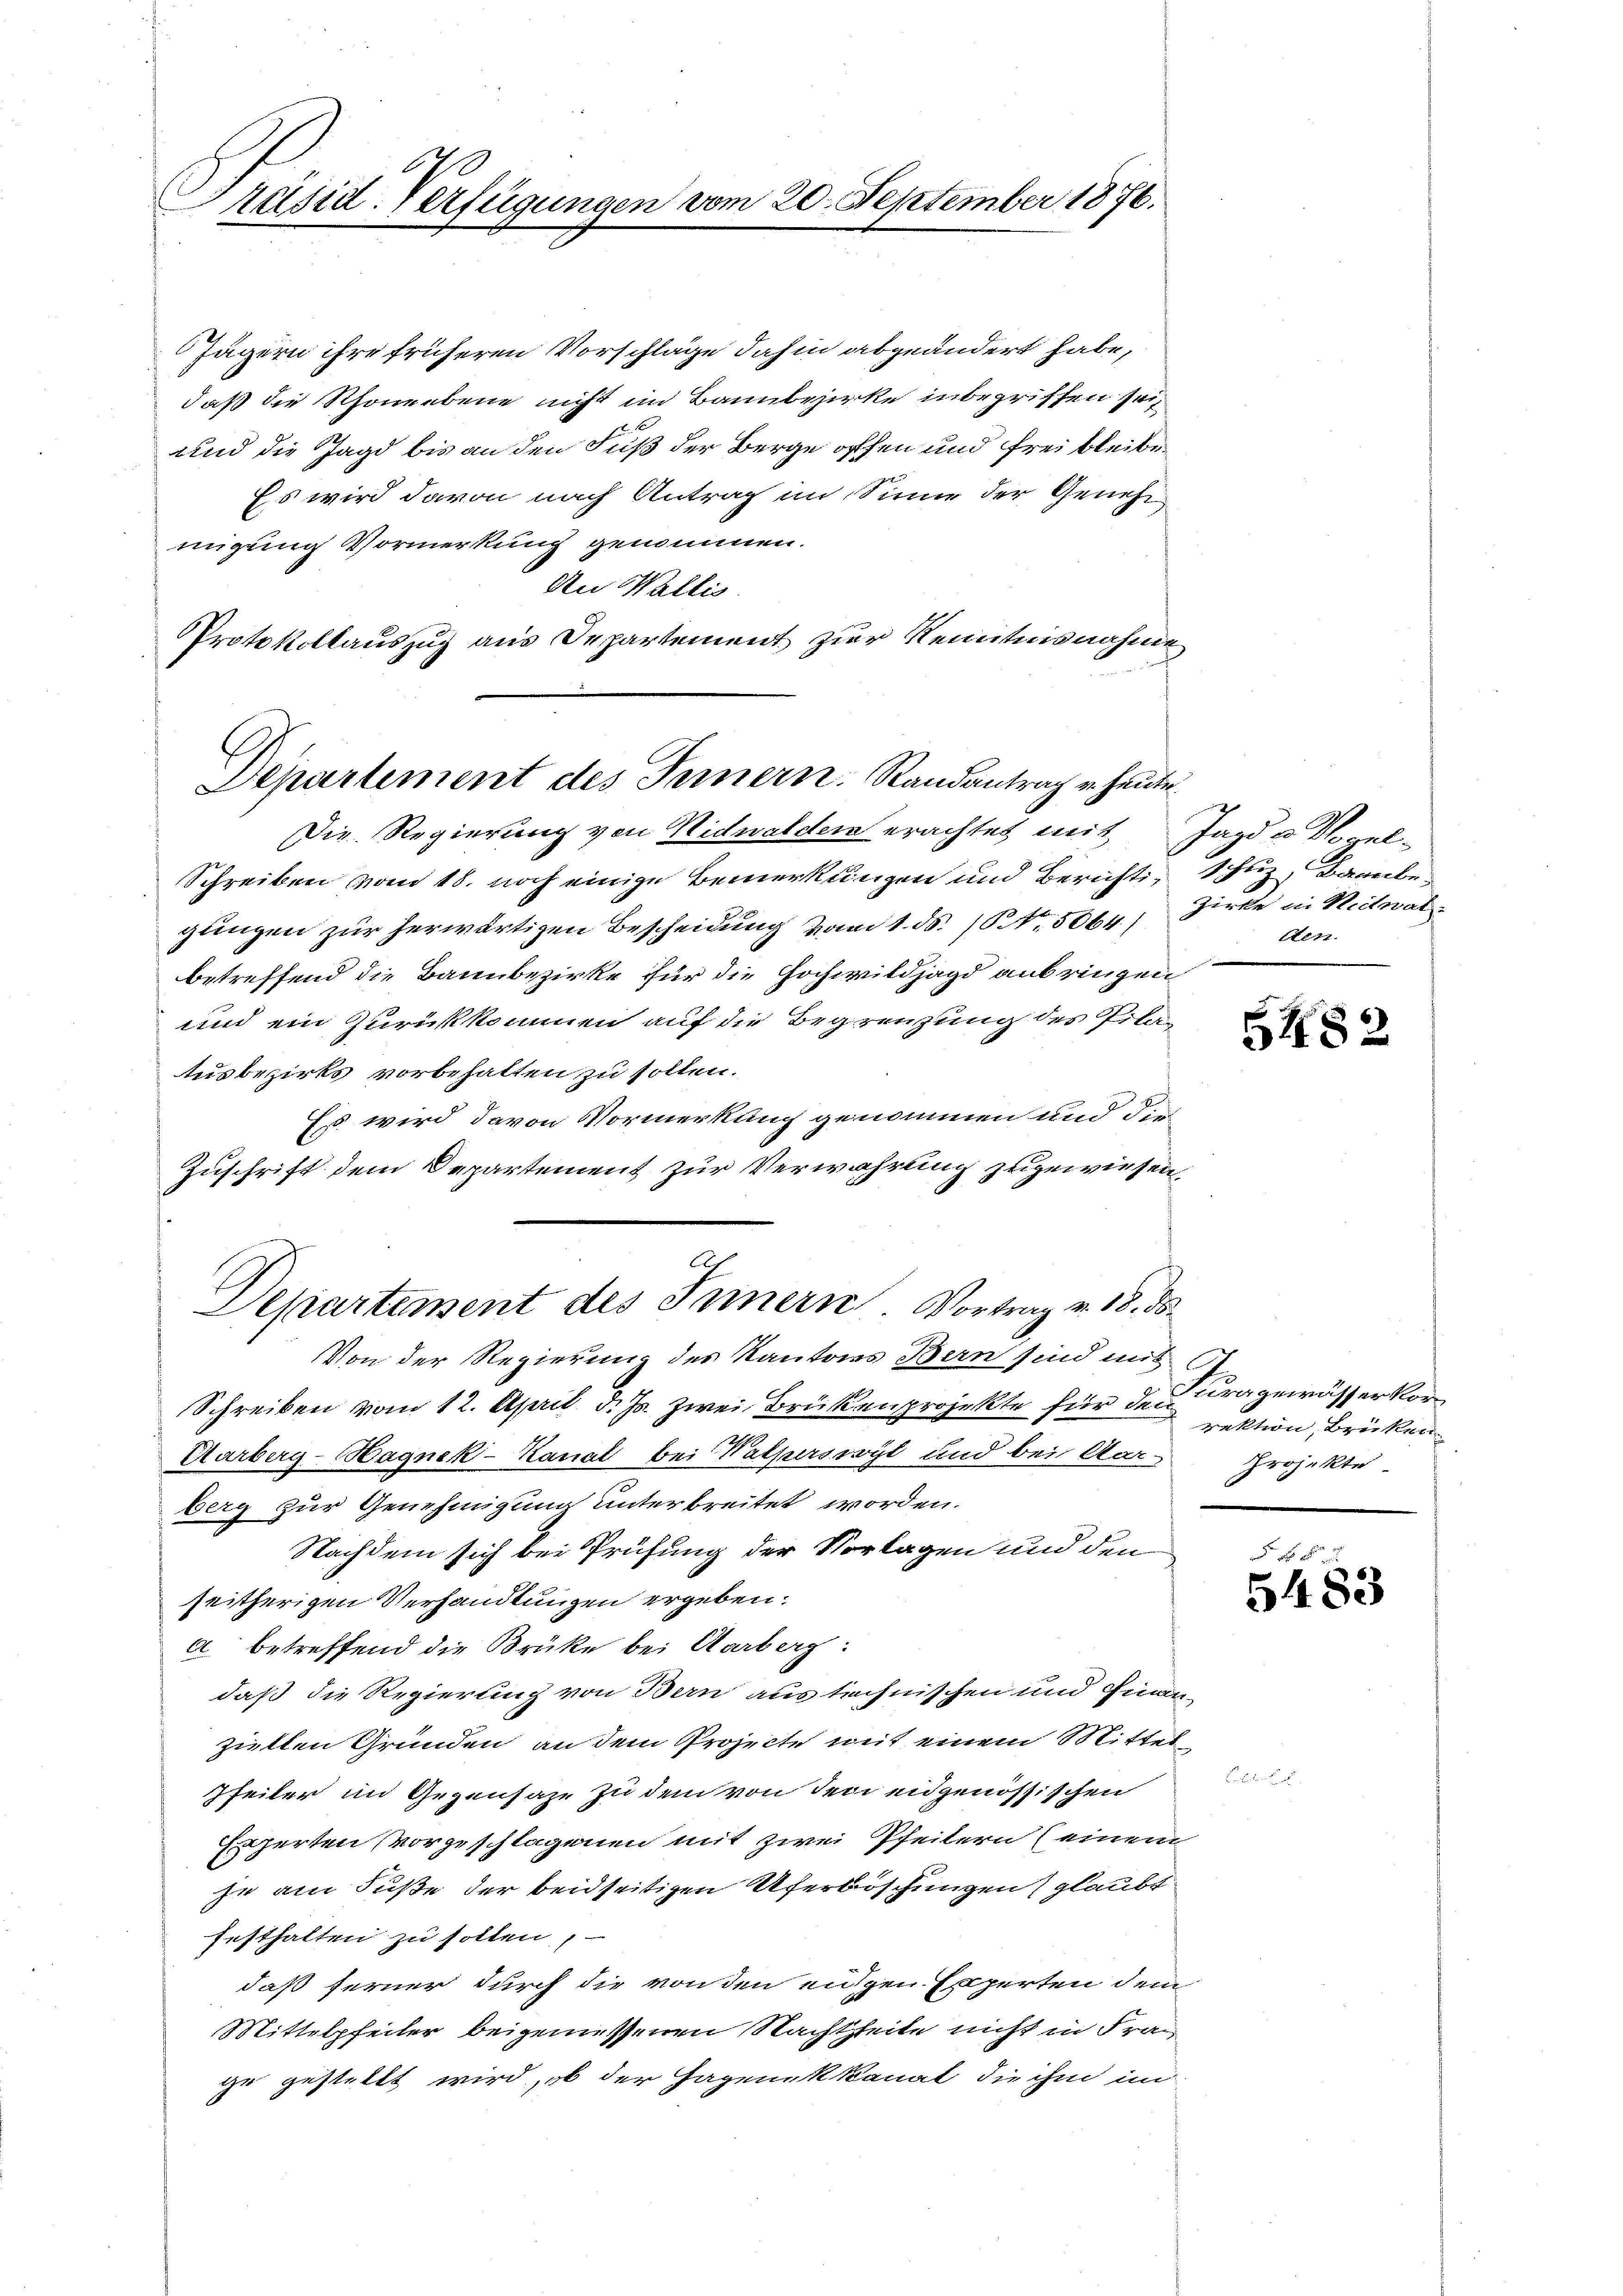
l
Präsid. Verfügungen vom 20. September 1876.

Jägern ihre früheren Vorschläge dahin abgeändert habe,
daß die Schoneebene nicht im Bannbezirke inbegriffen sei,
Und die Jagd bis an den Fuß der Berge offen und frei bleibe
Es wird davon nach Antrag im Sinne der Geneh
migung Vormerkung genommen.
An Wallis
Protokollauszug aus Departement zur Kenntnisnahme
Die Regierung von Nidwalden erachtet mit Jagd u Vogel¬
Schreiben vom 18. noch einige Bemerkungen und Bericht, schlz, Bannbegungen zur herwärtigen Bescheidung vom 1. d. 1. 5064)
betreffend die Bannbezirke für die Hochwildjagd anbringen
und ein Zurückkommen auf die Begrenzung des Pilar
tusbezirks vorbehalten zu sollen.
Es wird davon Vormerkung genommen und die
Zuschrift dem Departement zur Verwahrung zugewiesen,
Af
Departement des Innern. Vortrag v. 18. ds.
Von der Regierung des Kantons Bern sind mit
Schreiben vom 12. April d. Js. zwei Brükenprojekte für den rektion, Brücken
Aarberg-Hagnek-Kanal bei Walperswyl und bei Aar-
berg zur Genehmigung unterbreitet worden.
Nachdem sich bei Prüfung der Vorlagen und den
seitherigen Verhandlungen ergeben:
a betreffend die Brüke bei Aarberg:
daß die Regierung von Bern aus technischen und Finan
ziellen Gründen an dem Projecte weit einem Mittel
Pfeiler im Gegensaze zu dem von den eidgenössischen
Experten vorgeschlagenen mit zwei Pfeitern (einem
je am Fuße der beidseitigen Uferböschungen glaubt
festhalten zu sollen,
daß ferner durch die von den eidgen Experten dem
Mittelpfeiler beigemessenen Nachtzeite nicht in Frau
ge gestellt wird, ob der Hagenekkanat die ihm im

Departement des Innern. Randantrag u. heute.

Zirke in Nidwal
tten.

5482

Furaanrässerkor
Projekte

f 0 x
5483